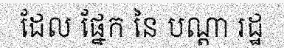
ដែល ផ្នែក នៃ បណ្តា រដ្ឋ